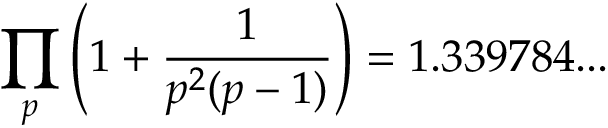
\prod _ { p } \left( 1 + { \frac { 1 } { p ^ { 2 } ( p - 1 ) } } \right) = 1 . 3 3 9 7 8 4 . . .